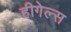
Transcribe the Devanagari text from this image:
हीगेल्स